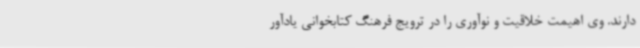
دارند. وی اهیمت خلاقیت و نوآوری را در ترویج فرهنگ کتابخوانی یادآور